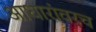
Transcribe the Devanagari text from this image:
आधारांवरच